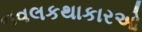
નવલકથાકારઓ